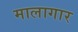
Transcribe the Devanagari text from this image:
मालागार